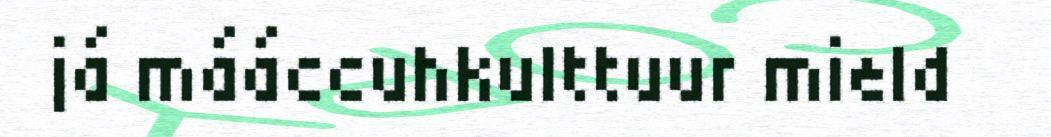
já mááccuhkulttuur mield